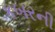
કબરની